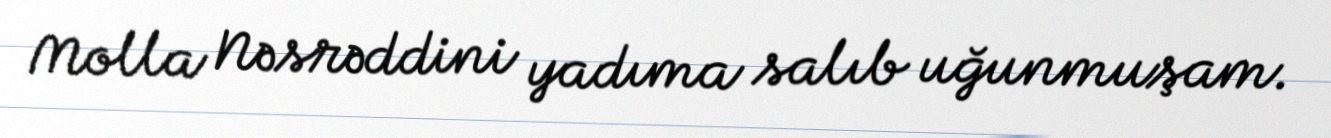
Molla Nəsrəddini yadıma salıb uğunmuşam.